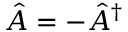
\hat { A } = - \hat { A } ^ { \dagger }